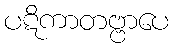
ပဋိကာတဗ္ဗာပေ